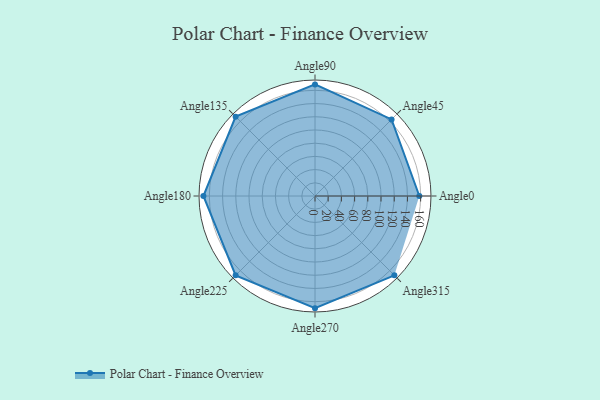
{"axis": {"x": "Angle", "y": "Radius"}, "legend": [""], "data": [{"x": "Angle0", "y": 158.0, "type": ""}, {"x": "Angle45", "y": 164.0, "type": ""}, {"x": "Angle90", "y": 169.0, "type": ""}, {"x": "Angle135", "y": 170, "type": ""}, {"x": "Angle180", "y": 169.0, "type": ""}, {"x": "Angle225", "y": 170, "type": ""}, {"x": "Angle270", "y": 170, "type": ""}, {"x": "Angle315", "y": 170, "type": ""}]}